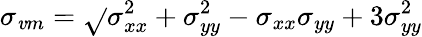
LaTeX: \sigma_{\mathit{v}m}=\sqrt{}{{\sigma_{xx}^{2}+\sigma_{yy}^{2}-\sigma_{xx}\sigma_{yy}+3\sigma_{yy}^{2}}}